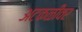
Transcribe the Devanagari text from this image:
अटकळींवर